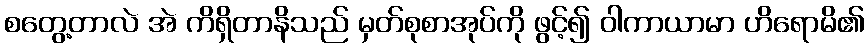
စတွေ့တာလဲ အဲ ကိရှိတာနိသည် မှတ်စုစာအုပ်ကို ဖွင့်၍ ဝါကာယာမာ ဟိရောမိ၏